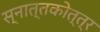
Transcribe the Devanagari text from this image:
स्नात्तकोत्त्र